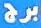
برج